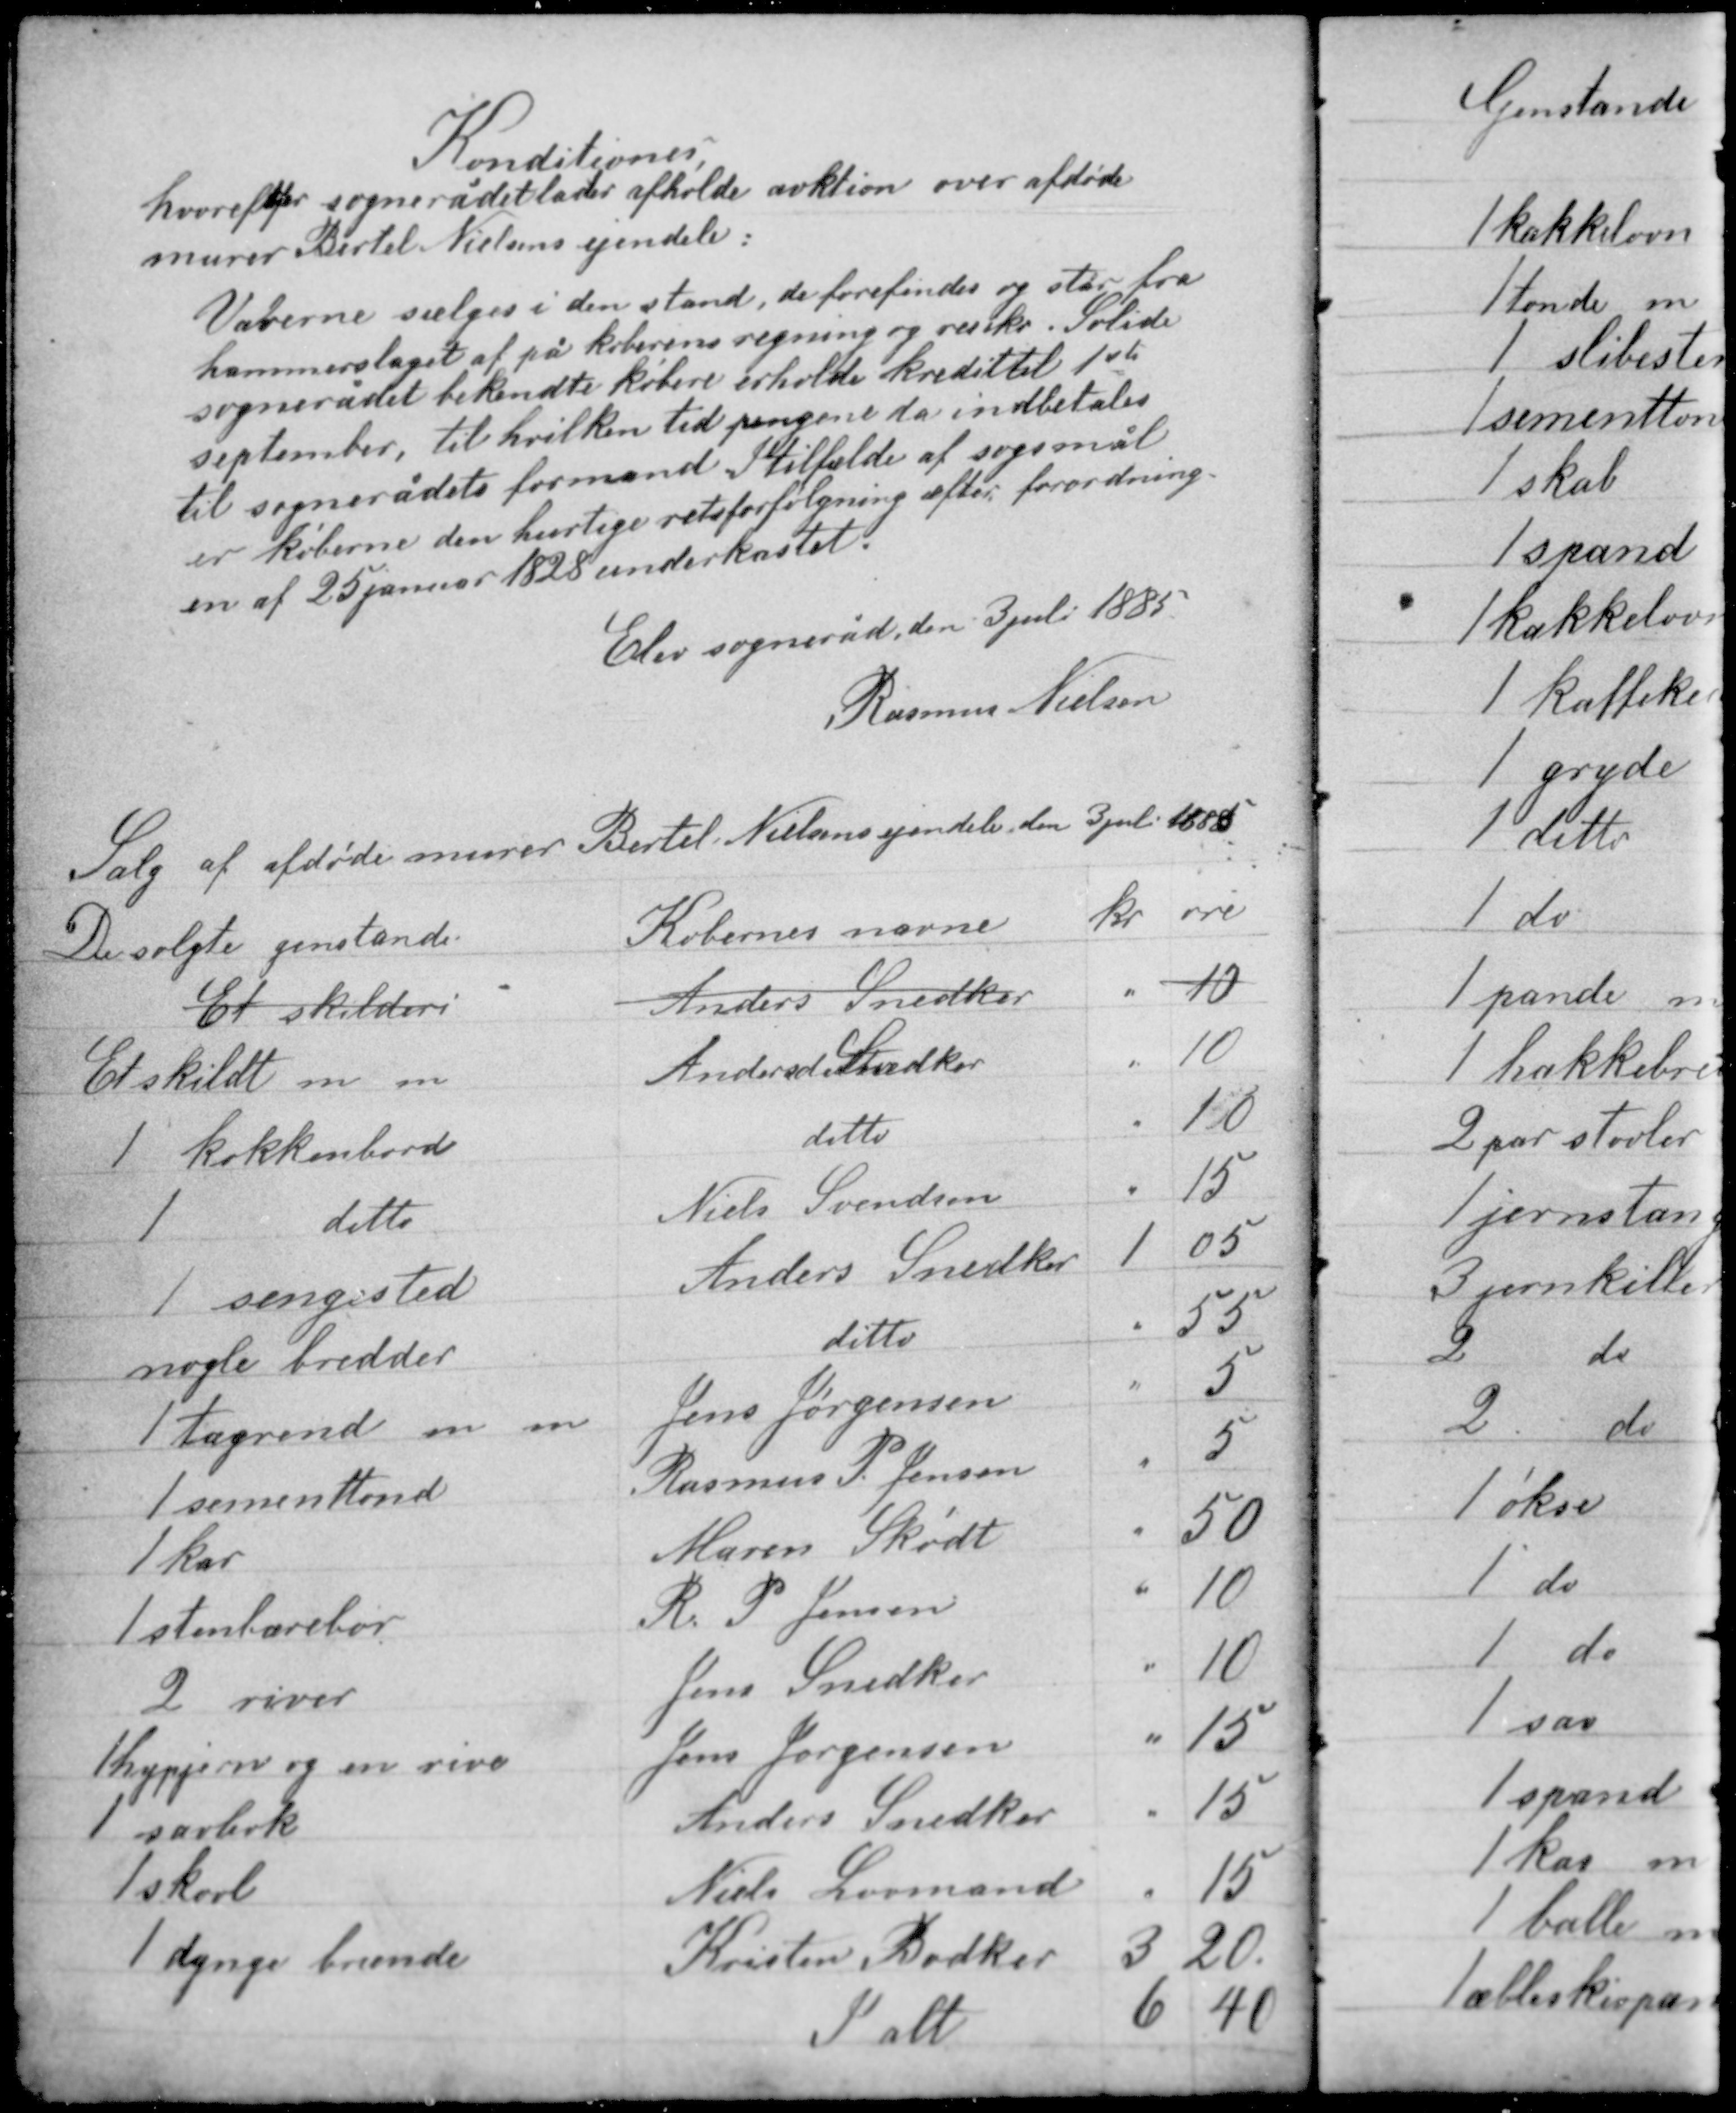
Transskription:
Konditioner
hvorefter sognerådet lader afholde auktion over afdøde
murer Bertel Nielsens ejendele.

Varerne sælges i den stand de forefindes og står fra
hammerslaget af på køberens regning og risiko. Solide
sognerådet bekendte købere erholde kredit til 1ste
september, til hvilken tid pengene da indbetales
til sognerådets formand. I tilfælde af søgsmål
er køberne den hurtige retsforfølgning efter forordning-
en af 25 januar 1828 underkastet.

Elev sogneråd den 3 juli 1885
Rasmus Nielsen

Salg af afdøde murer Bertel Nielsens ejendele den 3 juli 1885